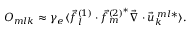
O _ { m l k } \approx \gamma _ { e } \langle \vec { f } _ { l } ^ { ( 1 ) } \cdot \vec { f } _ { m } ^ { ( 2 ) ^ { * } } \vec { \nabla } \cdot \vec { u } _ { k } ^ { \: m l * } \rangle .